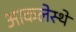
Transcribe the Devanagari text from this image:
आकलेस्थे